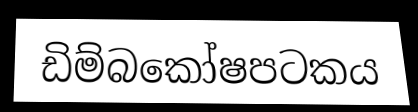
ඩිම්බකෝෂපටකය